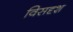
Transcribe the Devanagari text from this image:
विसदृश